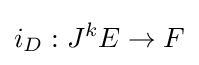
i_{D}:J^{k}E\rightarrow F